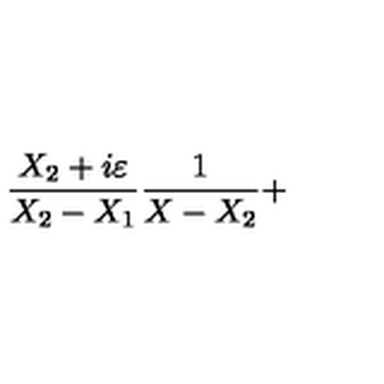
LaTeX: \frac { X _ { 2 } + i \varepsilon } { X _ { 2 } - X _ { 1 } } \frac { 1 } { X - X _ { 2 } } +